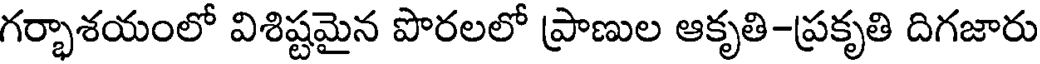
గర్భాశయంలో విశిష్టమైన పొరలలో ప్రాణుల ఆకృతి-ప్రకృతి దిగజారు